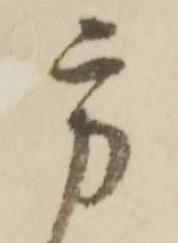
方